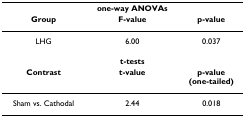
<table><thead><tr><td></td><td><b>one-way ANOVAs</b></td><td></td></tr><tr><td><b>Group</b></td><td><b>F-value</b></td><td><b>p-value</b></td></tr></thead><tbody><tr><td>LHG</td><td>6.00</td><td>0.037</td></tr><tr><td></td><td><b>t-tests</b></td><td></td></tr><tr><td><b>Contrast</b></td><td><b>t-value</b></td><td><b>p-value</b><b>(one-tailed)</b></td></tr><tr><td>Sham vs. Cathodal</td><td>2.44</td><td>0.018</td></tr></tbody></table>